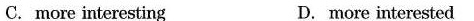
C.more interesting D. more interested